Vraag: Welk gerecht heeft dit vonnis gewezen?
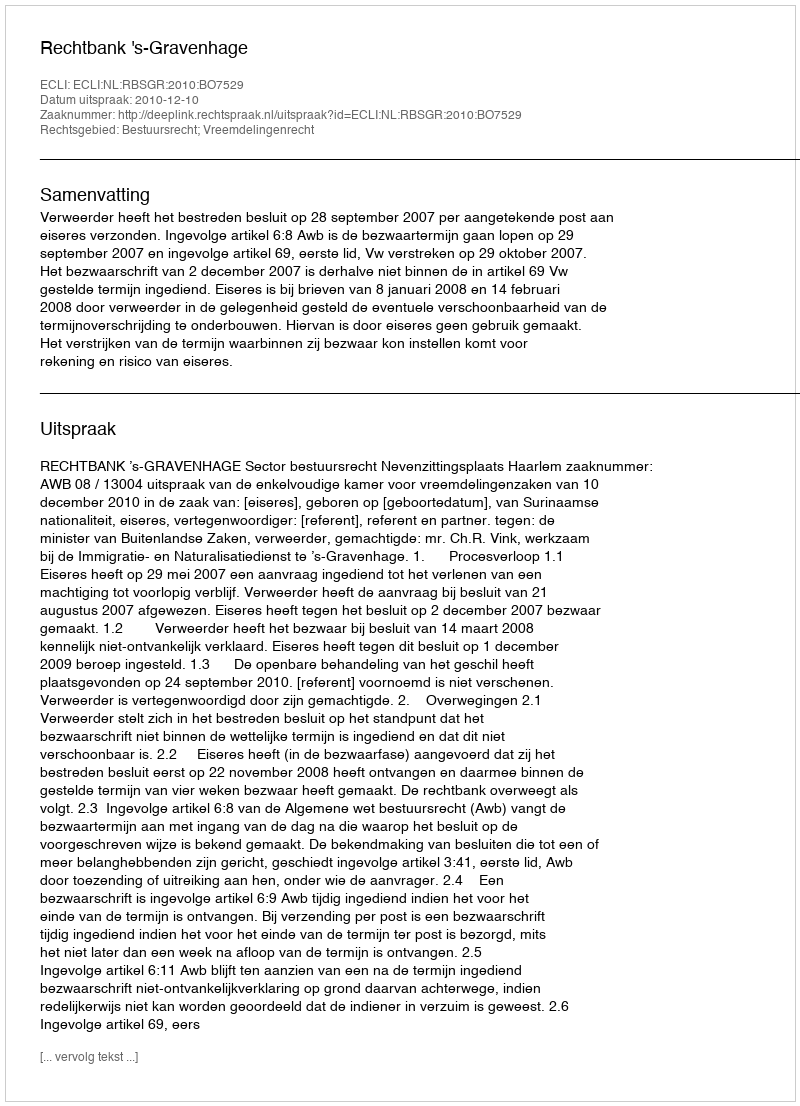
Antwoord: Rechtbank 's-Gravenhage